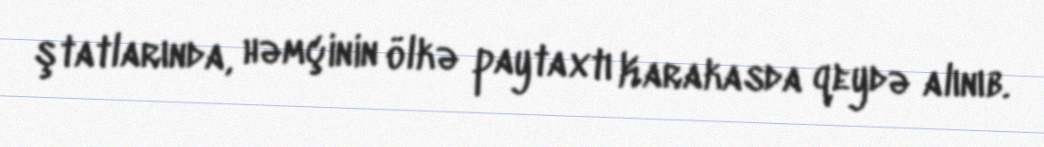
ştatlarında, həmçinin ölkə paytaxtı Karakasda qeydə alınıb.